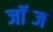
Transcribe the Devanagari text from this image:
जॉब्ज